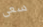
سعى